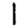
Digit: 1